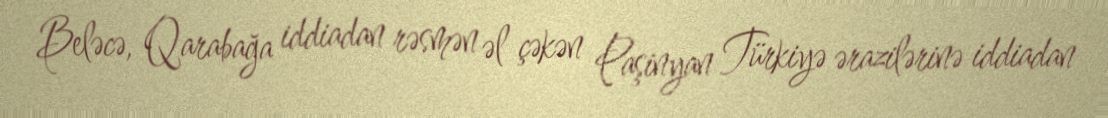
Beləcə, Qarabağa iddiadan rəsmən əl çəkən Paşinyan Türkiyə ərazilərinə iddiadan